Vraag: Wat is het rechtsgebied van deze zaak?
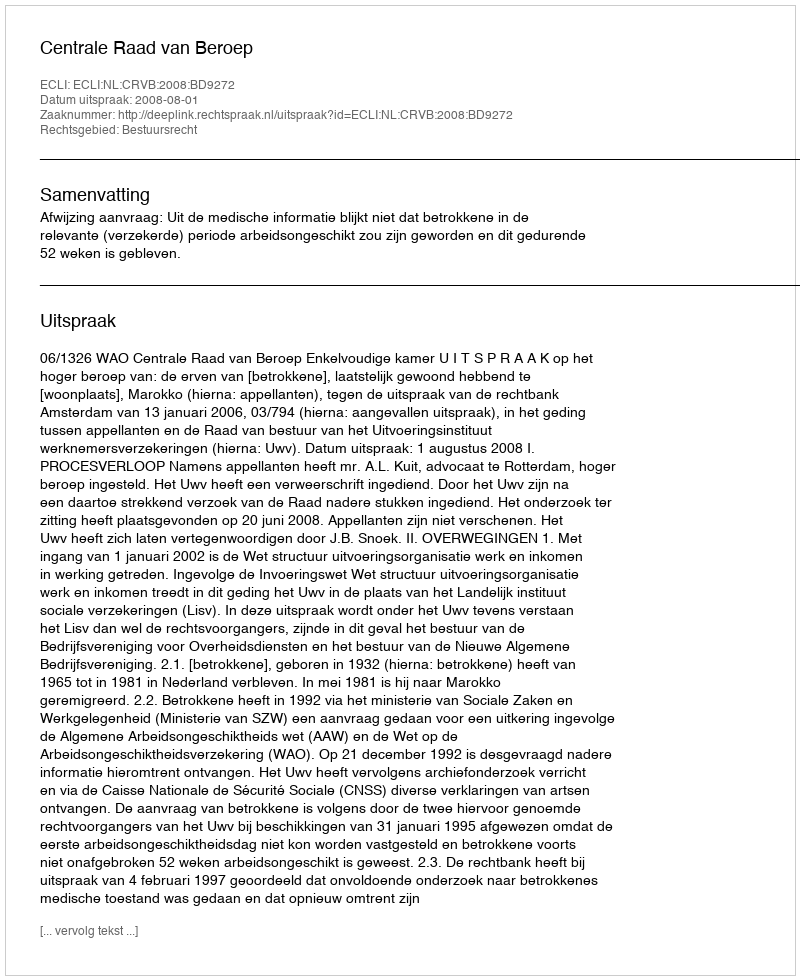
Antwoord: Bestuursrecht